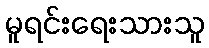
မူရင်းရေးသားသူ